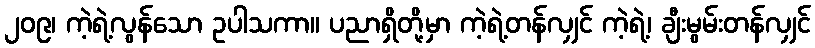
၂၀၉၊ ကဲ့ရဲ့လွန်သော ဥပါသကာ။ ပညာရှိတို့မှာ ကဲ့ရဲ့တန်လျှင် ကဲ့ရဲ့၊ ချီးမွမ်းတန်လျှင်